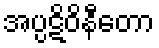
အပ္ပဋိဝိနီတော